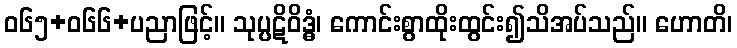
ဝ၆၅+၀၆၆+ပညာဖြင့်။ သုပ္ပဋိဝိဒ္ဓံ၊ ကောင်းစွာထိုးထွင်း၍သိအပ်သည်။ ဟောတိ၊